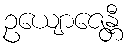
ဥယျောဇေန္တီ